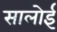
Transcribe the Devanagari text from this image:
सालोई